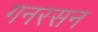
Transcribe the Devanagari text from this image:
गनरसन